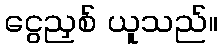
ငွေညှစ် ယူသည်။